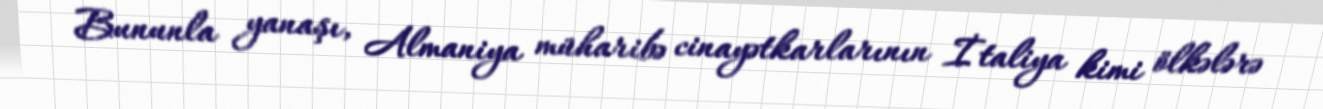
Bununla yanaşı, Almaniya müharibə cinayətkarlarının İtaliya kimi ölkələrə